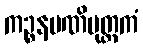
ကဉ္စနမဏိမုတ္တကံ